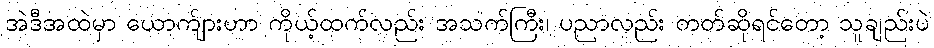
အဲဒီအထဲမှာ ယောက်ျားဟာ ကိုယ့်ထက်လည်း အသက်ကြီး၊ ပညာလည်း တတ်ဆိုရင်တော့ သူချည်းပဲ